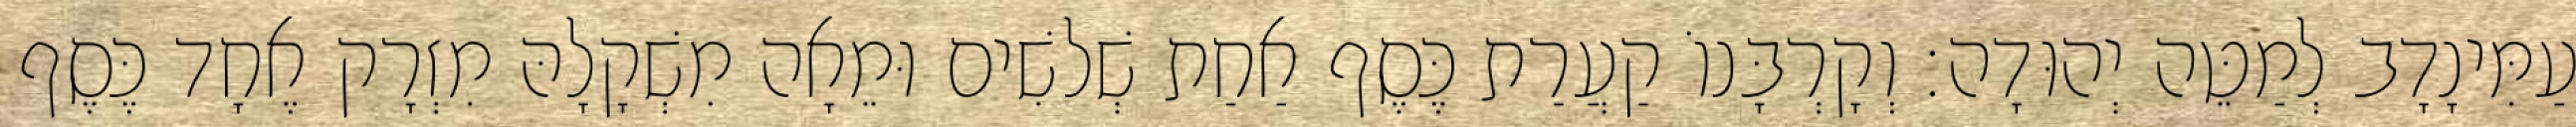
עַמִּינָדָב לְמַטֵּה יְהוּדָה׃ וְקָרְבָּנוֹ קַעֲרַת כֶּסֶף אַחַת שְׁלשִׁים וּמֵאָה מִשְׁקָלָהּ מִזְרָק אֶחָד כֶּסֶף